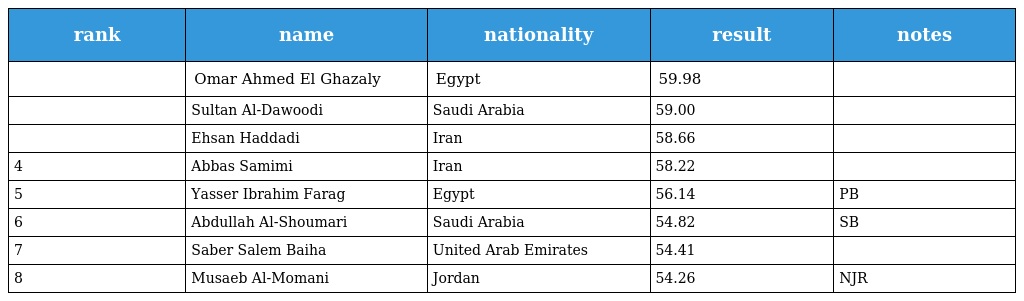
| rank | name | nationality | result | notes |
 | --- | --- | --- | --- | --- |
 |  | Omar Ahmed El Ghazaly | Egypt | 59.98 |  |
 |  | Sultan Al-Dawoodi | Saudi Arabia | 59.00 |  |
 |  | Ehsan Haddadi | Iran | 58.66 |  |
 | 4 | Abbas Samimi | Iran | 58.22 |  |
 | 5 | Yasser Ibrahim Farag | Egypt | 56.14 | PB |
 | 6 | Abdullah Al-Shoumari | Saudi Arabia | 54.82 | SB |
 | 7 | Saber Salem Baiha | United Arab Emirates | 54.41 |  |
 | 8 | Musaeb Al-Momani | Jordan | 54.26 | NJR |